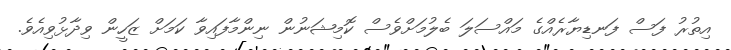
އިތުރު ފަސް ފަނޑިޔާރެއްގެ މައްސަލަ ބެލުމަށްވެސް ކޮމިޝަނުން ނިންމާފައިވާ ކަމަށް ޒަހީން ވިދާޅުވިއެވެ.